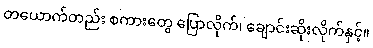
တယောက်တည်း စကားတွေ ပြောလိုက်၊ ချောင်းဆိုးလိုက်နှင့်။